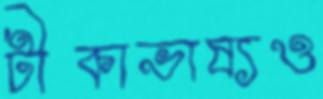
টীকাভাষ্যও